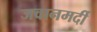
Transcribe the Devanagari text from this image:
जवानमर्दी